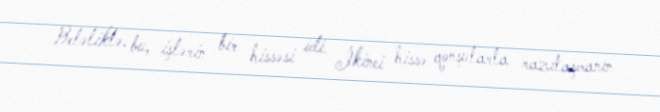
Beləliklə, bu, işlərin bir hissəsi idi. İkinci hissə qonşularla razılaşmanın